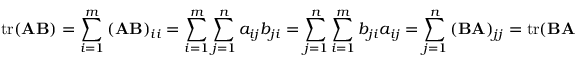
\operatorname { t r } ( \mathbf { A } \mathbf { B } ) = \sum _ { i = 1 } ^ { m } \left( \mathbf { A } \mathbf { B } \right) _ { i i } = \sum _ { i = 1 } ^ { m } \sum _ { j = 1 } ^ { n } a _ { i j } b _ { j i } = \sum _ { j = 1 } ^ { n } \sum _ { i = 1 } ^ { m } b _ { j i } a _ { i j } = \sum _ { j = 1 } ^ { n } \left( \mathbf { B } \mathbf { A } \right) _ { j j } = \operatorname { t r } ( \mathbf { B } \mathbf { A } )